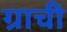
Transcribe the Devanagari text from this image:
ग्राची